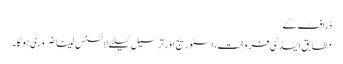
ڈرافٹ کے
مطابق ایسڈ کی فروخت، اسٹوریج اور ترسیل کیلئے لائسنس لینا ضروری ہوگا۔